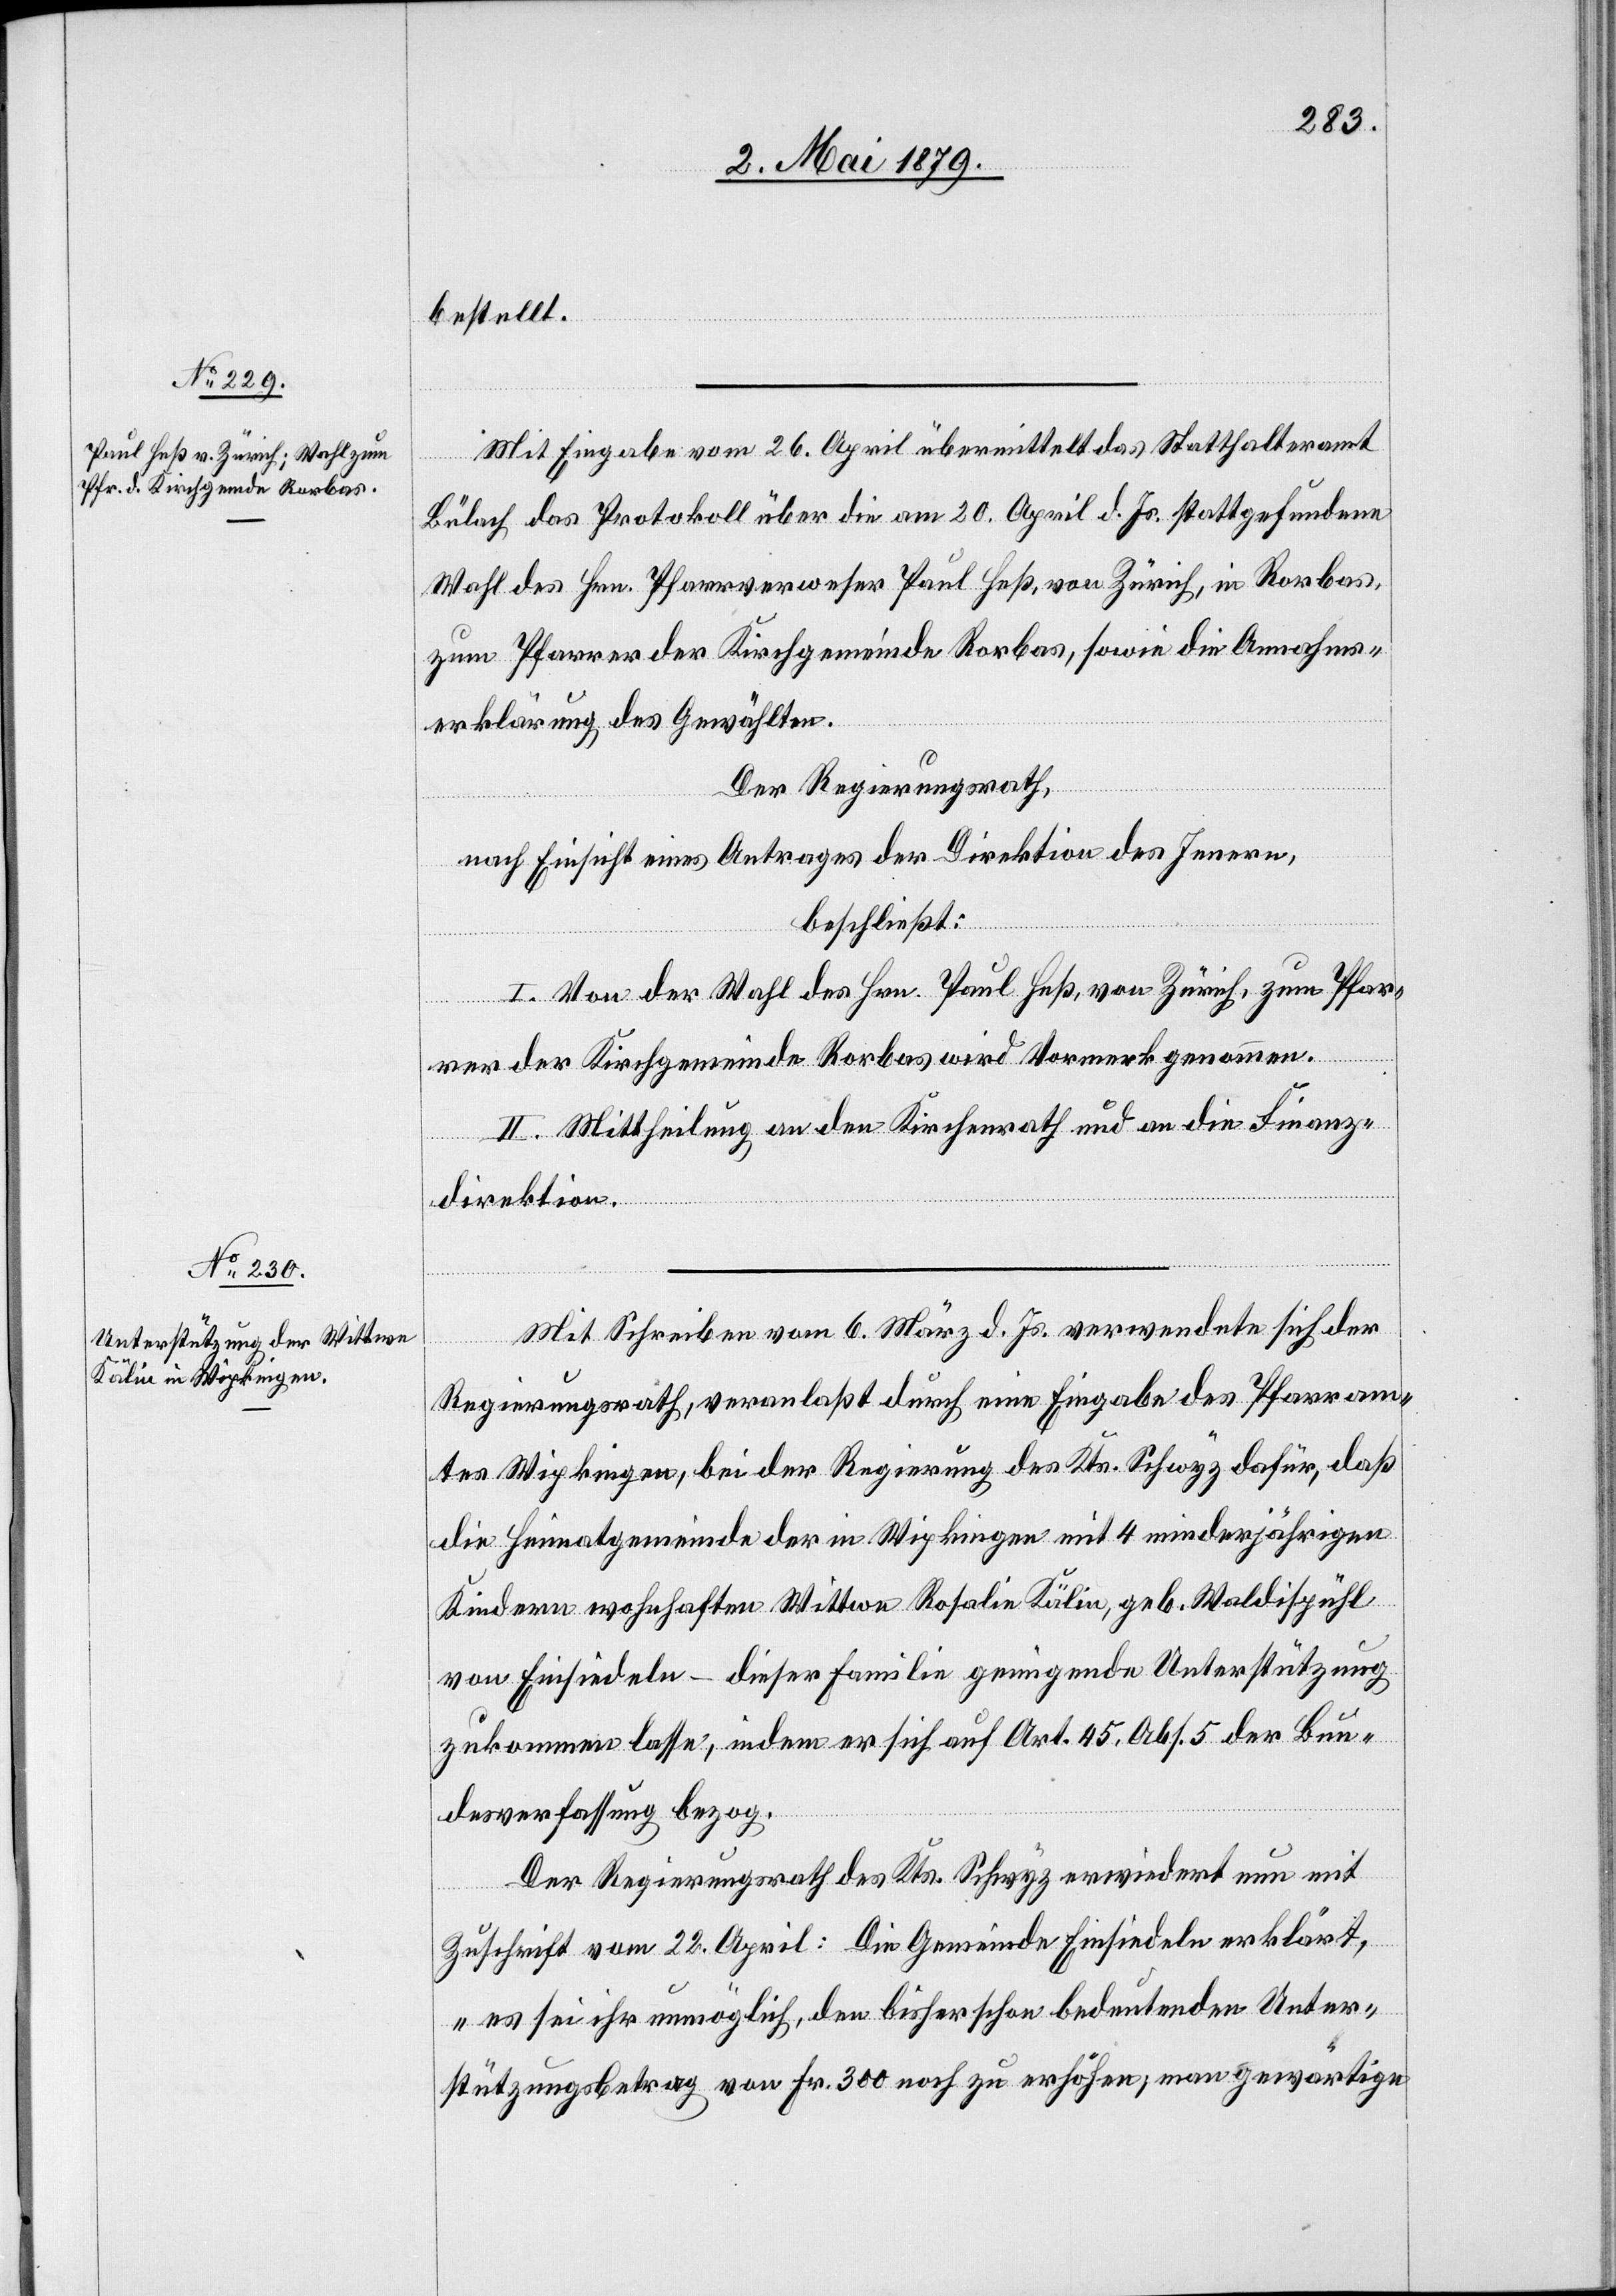
bestellt.
Mit Eingabe vom 26. April übermittelt das Statthalteramt
Bülach das Protokoll über die am 20. April d. Js. stattgefundene
Wahl des Hrn. Pfarrverweser Paul Heß, von Zürich, in Rorbas,
zum Pfarrer der Kirchgemeinde Rorbas, sowie die Annahms¬
erklärung des Gewählten.
Der Regierungsrath,
nach Einsicht eines Antrages der Direktion des Innern,
beschließt:
I. Von der Wahl des Hrn. Paul Heß, von Zürich, zum Pfar¬
rer der Kirchgemeinde Rorbas wird Vormerk genommen.
II. Mittheilung an den Kirchenrath und an die Finanz¬
direktion.
Mit Schreiben vom 6. März d. Js. verwendete sich der
Regierungsrath, veranlaßt durch eine Eingabe des Pfarram¬
tes Wipkingen, bei der Regierung des Kts. Schwyz dafür, daß
die Heimatgemeinde der in Wipkingen mit 4 minderjährigen
Kindern wohnhaften Wittwe Rosalie Kälin, geb. Waldispühl
von Einsiedeln – dieser Familie genügende Unterstützung
zukommen lasse, indem er sich auf Art. 45, Abs. 5 der Bun¬
desverfassung bezog.
Der Regierungsrath des Kts. Schwyz erwiedert nun mit
Zuschrift vom 22. April: Die Gemeinde Einsiedeln erklärt,
„es sei ihr unmöglich, den bisher schon bedeutenden Unter¬
stützungsbetrag von Fr. 300 noch zu erhöhen; man gewärtige